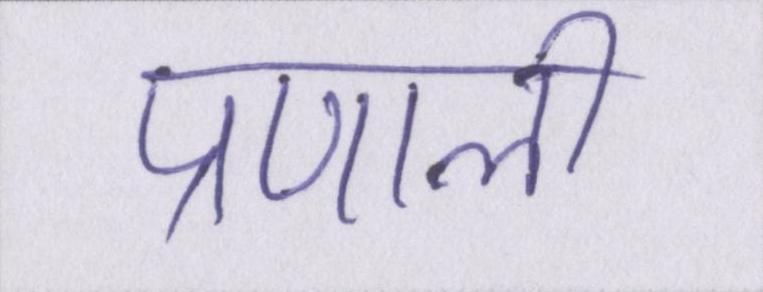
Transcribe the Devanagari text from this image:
प्रणाली